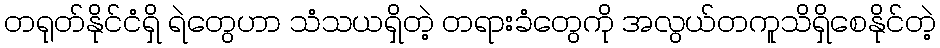
တရုတ်နိုင်ငံရှိ ရဲတွေဟာ သံသယရှိတဲ့ တရားခံတွေကို အလွယ်တကူသိရှိစေနိုင်တဲ့